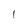
Character: l